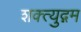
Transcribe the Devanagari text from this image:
शक्त्युद्गम